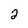
Character: 2